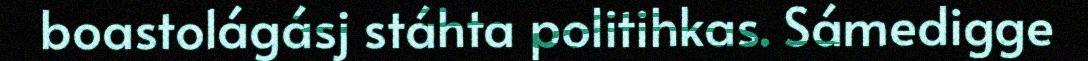
boastolágásj stáhta politihkas. Sámedigge